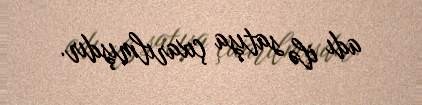
adı ilə satışa çıxarılmışdır.